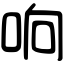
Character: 响